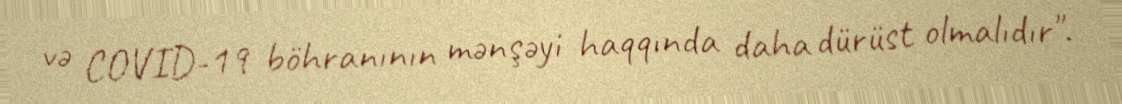
və COVID-19 böhranının mənşəyi haqqında daha dürüst olmalıdır".